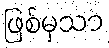
ဖြစ်မှသာ